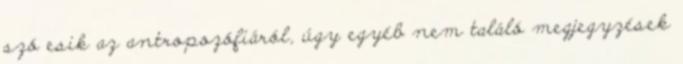
szó esik az antropozófiáról, úgy egyéb nem találó megjegyzések